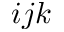
i j k